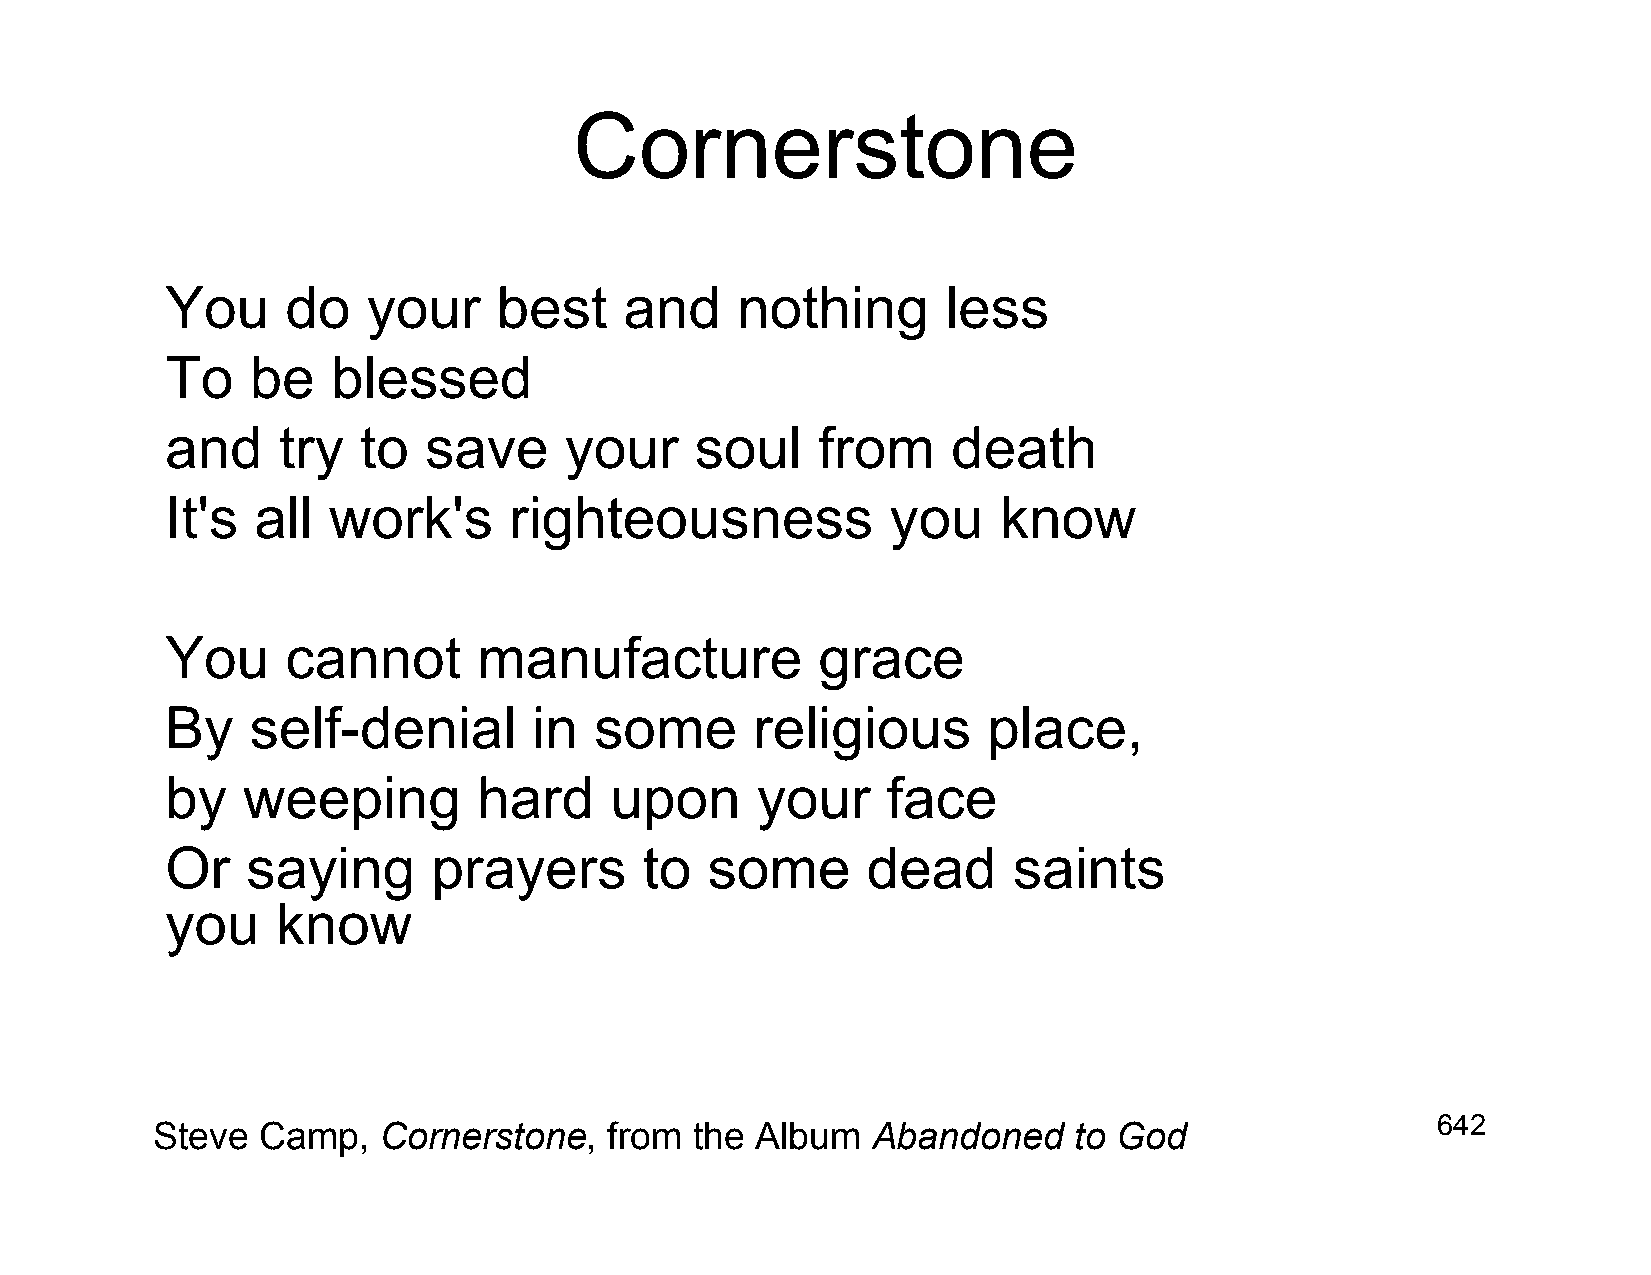
Cornerstone
 You     do   your     best    and     nothing       less
 To    be   blessed
 and    try   to  save     your     soul    from     death
 It's  all  work's      righteousness            you    know
 You     cannot       manufacture           grace
 By    self-denial       in  some       religious      place,
 by   weeping         hard    upon      your     face
 Or   saying       prayers       to  some      dead      saints
 you    know
 642
 Steve  Camp,   Cornerstone,   from  the Album   Abandoned    to God